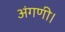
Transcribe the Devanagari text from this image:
अंगणी।